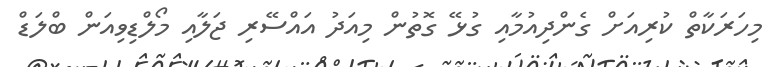
މިހަރަކާތް ކުރިއަށް ގެންދިއުމާއި ގުޅޭ ގޮތުން މިއަދު އަައްސޭރި ޖަލާއި މޯލްޑިވިއަން ބްލަޑް